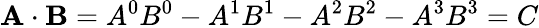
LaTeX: \mathbf{A}\cdot\mathbf{B}=A^{0}B^{0}-A^{1}B^{1}-A^{2}B^{2}-A^{3}B^{3}=C